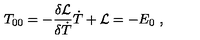
T _ { 0 0 } = - { \frac { \delta { { \cal L } } } { \delta \dot { T } } } \dot { T } + { \cal L } = - E _ { 0 } \ ,